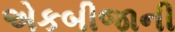
એકબીજાની